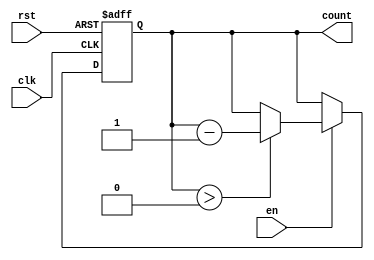
module down_counter (
    input wire clk,        // Clock signal
    input wire rst,        // Asynchronous reset
    input wire en,         // Enable signal
    output reg [3:0] count // 4-bit count output
);

    // Define the maximum value for a 4-bit counter
    localparam MAX_COUNT = 4'b1111;

    // Asynchronous reset and counting logic
    always @(posedge clk or posedge rst) begin
        if (rst) begin
            // Reset to maximum value
            count <= MAX_COUNT;
        end else if (en) begin
            // Decrement the counter if enabled
            if (count > 0) begin
                count <= count - 1;
            end
            // Optional: Uncomment the following line to wrap around to MAX_COUNT
            // else begin
            //     count <= MAX_COUNT;
            // end
        end
    end

    // Initialize count on simulation start
    initial begin
        count = MAX_COUNT; // Start at maximum value
    end

endmodule